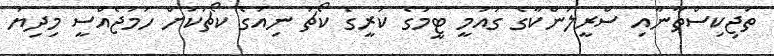
ތަޖިކިސްތާނާއި ސްރީލަންކާގެ ގައުމީ ޓީމުގެ ކުރީގެ ކޯޗު ނިއުގެ ކޯޗަކަށް ހަމަޖެއްސީ މިދިޔަ